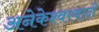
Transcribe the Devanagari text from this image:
अनेकेश्वरवादी